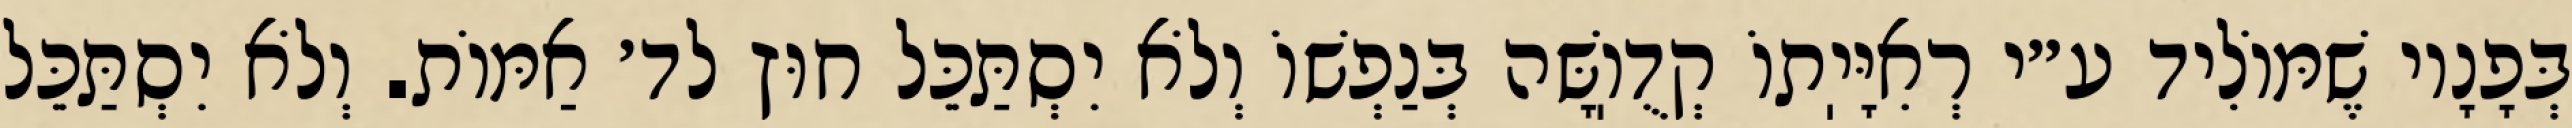
בְּפָנָיו שֶׁמּוֹלִיד ע״י רְאִיָּיֽתוֹ קְדֻוֽשָּׁה בְּנַפְשׁוֹ וְלֹא יִסְתַּכֵּל חוּץ לד׳ אַמּוֹת. וְלֹא יִסְתַּכֵּל